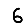
Digit: 6